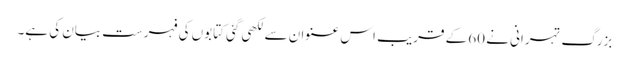
بزرگ تہرانی نے 60 کے قریب اس عنوان سے لکھی گئی کتابوں کی فہرست بیان کی ہے۔